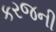
કરજની